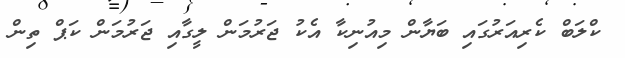
ކްލަބް ކެރިއަރުގައި ބަޔާން މިއުނިކާ އެކު ޖަރުމަން ލީގާއި ޖަރުމަން ކަޕް ތިން